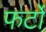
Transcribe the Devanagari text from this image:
फर्टो